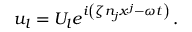
u _ { l } = U _ { l } e ^ { i \left( \zeta n _ { j } x ^ { j } - \omega t \right) } \, .